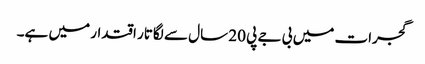
گجرات میں بی جے پی 20 سال سے لگاتار اقتدار میں ہے۔